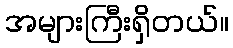
အများကြီးရှိတယ်။